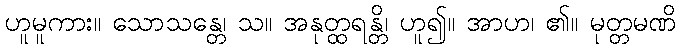
ဟူမူကား။ သောသန္တေ၊ သ။ အနုတ္ထရန္တိ၊ ဟူ၍။ အာဟ၊ ၏။ မုတ္တမဏိ